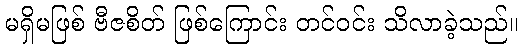
မရှိမဖြစ် ဗီဇစိတ် ဖြစ်ကြောင်း တင်ဝင်း သိလာခဲ့သည်။